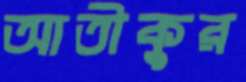
আতীকুর